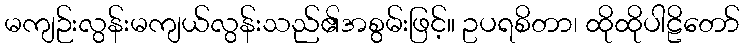
မကျဉ်းလွန်းမကျယ်လွန်းသည်၏အစွမ်းဖြင့်။ ဥပရစိတာ၊ ထိုထိုပါဠိတော်